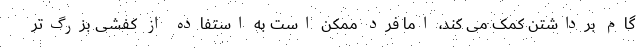
گام برداشتن کمک می کند، اما فرد ممکن است به استفاده از کفشی بزرگ‌تر